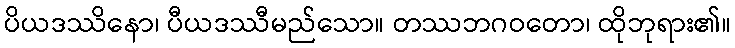
ပိယဒဿိနော၊ ပီယဒဿီမည်သော။ တဿဘဂဝတော၊ ထိုဘုရား၏။